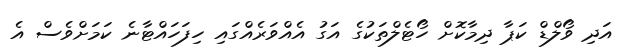
އަދިި ވޯލްޑް ކަޕާ ދިމާކޮށް ހޯޓެލްތަކުގެ އަގު އެއްވަރެއްގައި ހިފަހައްޓާނެ ކަމަށްވެސް އެ